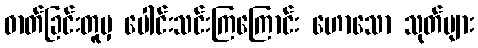
ဓာတ်ခြင်းတူမှ ပေါင်းသင်းကြကြောင်း ဟောသော သုတ်များ